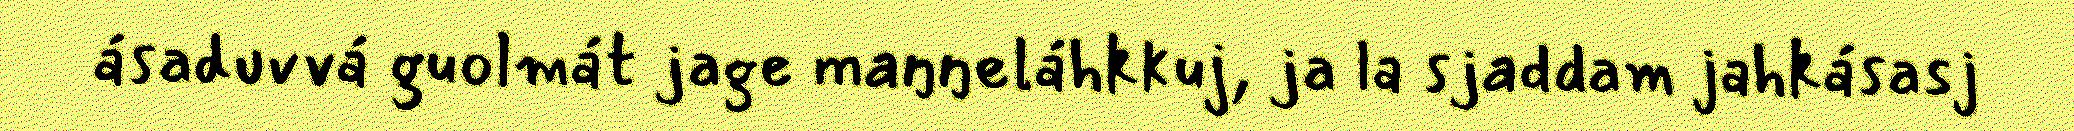
ásaduvvá guolmát jage maŋŋeláhkkuj, ja la sjaddam jahkásasj